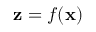
\mathbf { z } = f ( \mathbf { x } )